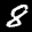
Label: 8